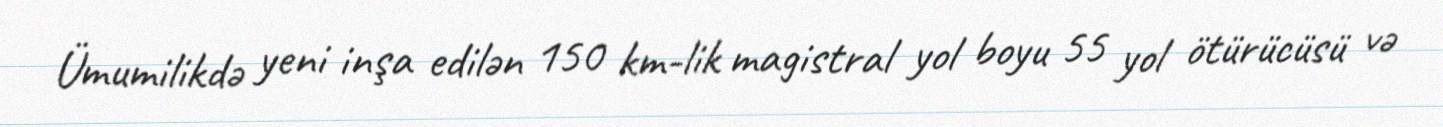
Ümumilikdə yeni inşa edilən 150 km-lik magistral yol boyu 55 yol ötürücüsü və